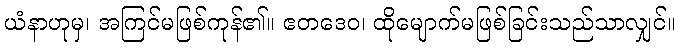
ယံနာဟုမှ၊ အကြင်မဖြစ်ကုန်၏။ ဧတဒေဝ၊ ထိုမျောက်မဖြစ်ခြင်းသည်သာလျှင်။